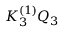
K _ { 3 } ^ { ( 1 ) } { \cal Q } _ { 3 }